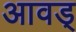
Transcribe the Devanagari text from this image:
आवड्